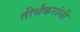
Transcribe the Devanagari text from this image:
तीर्थंकरांनी